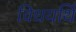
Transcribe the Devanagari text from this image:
विधयर्थि